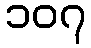
၁၀၇